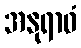
အနုရာဓံ